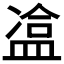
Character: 𥁿